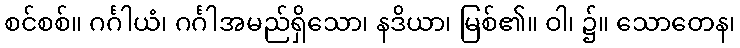
စင်စစ်။ ဂင်္ဂါယံ၊ ဂင်္ဂါအမည်ရှိသော၊ နဒိယာ၊ မြစ်၏။ ဝါ၊ ၌။ သောတေန၊